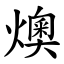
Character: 燠